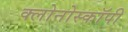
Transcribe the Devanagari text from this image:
क्लोनोस्कॉपी